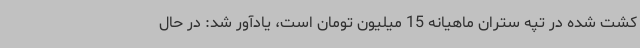
کشت شده در تپه ستران ماهیانه 15 میلیون تومان است، یادآور شد: در حال